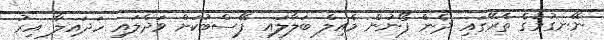
ނޭނގުމުގެ ތެރޭގައި ދެން ފޯނުން މެއިލް ބަލާލައި ފޭސްބުކަށް ވަދެލައި ހަދައިލާ އިރު